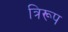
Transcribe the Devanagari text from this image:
त्रिरूप